Annual administration report of the Civil Veterinary Department of India - 1910-1911
Year: 1910
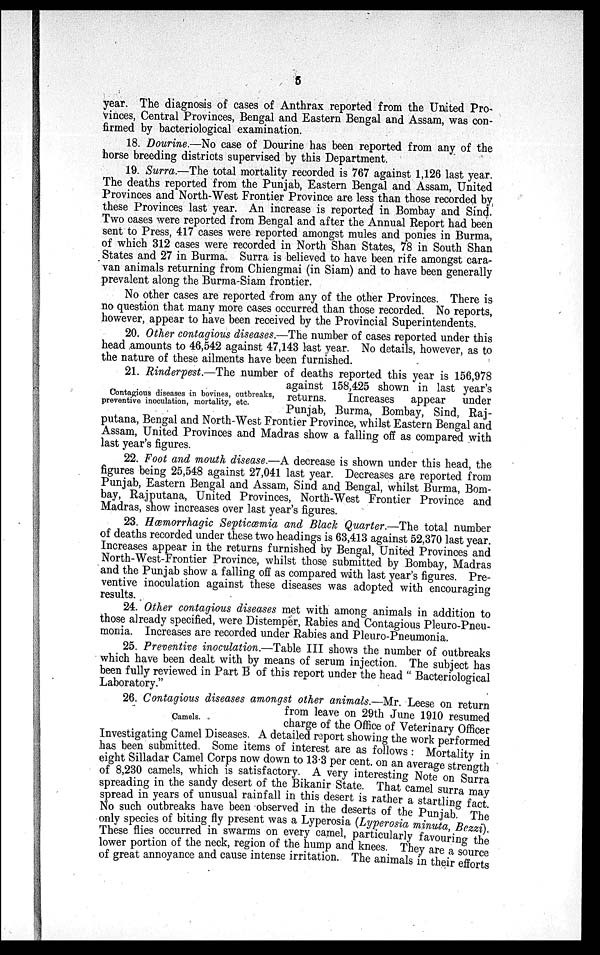
5
year. The diagnosis of cases of Anthrax reported from the United Pro-
vinces, Central Provinces, Bengal and Eastern Bengal and Assam, was con-
firmed by bacteriological examination.
18. Dourine.—No case of Dourine has been reported from any of the
horse breeding districts supervised by this Department.
19. Surra.—The total mortality recorded is 767 against 1,126 last year.
The deaths reported from the Punjab, Eastern Bengal and Assam, United
Provinces and North-West Frontier Province are less than those recorded by
these Provinces last year. An increase is reported in Bombay and Sind.
Two cases were reported from Bengal and after the Annual Report had been
sent to Press, 417 cases were reported amongst mules and ponies in Burma,
of which 312 cases were recorded in North Shan States, 78 in South Shan
States and 27 in Burma. Surra is believed to have been rife amongst cara-
van animals returning from Chiengmai (in Siam) and to have been generally
prevalent along the Burma-Siam frontier.
No other cases are reported from any of the other Provinces. There is
no question that many more cases occurred than those recorded. No reports,
however, appear to have been received by the Provincial Superintendents.
20. Other contagious diseases.—The number of cases reported under this
head amounts to 46,542 against 47,143 last year. No details, however, as to
the nature of these ailments have been furnished.
Contagious diseases in bovines, outbreaks,
preventive inoculation, mortality, etc.
21. Rinderpest.—The number of deaths reported this year is 156,978
against 158,425 shown in last year's
returns.
Increases appear under
Punjab, Burma, Bombay, Sind, Raj-
putana, Bengal and North-West Frontier Province, whilst Eastern Bengal and
Assam, United Provinces and Madras show a falling off as compared with
last year's figures.
22. Foot and mouth disease.—A decrease is shown under this head, the
figures being 25,548 against 27,041 last year. Decreases are reported from
Punjab, Eastern Bengal and Assam, Sind and Bengal, whilst Burma, Bom-
bay, Rajputana, United Provinces, North-West Frontier Province and
Madras, show increases over last year's figures.
23. Hæmorrhagic Septicæmia and Black Quarter.—The total number
of deaths recorded under these two headings is 63,413 against 52,370 last year.
Increases appear in the returns furnished by Bengal, United Provinces and
North-West-Frontier Province, whilst those submitted by Bombay, Madras
and the Punjab show a falling off as compared with last year's figures. Pre-
ventive inoculation against these diseases was adopted with encouraging
results.
24. Other contagious diseases met with among animals in addition to
those already specified, were Distemper, Rabies and Contagious Pleuro-Pneu-
monia. Increases are recorded under Rabies and Pleuro-Pneumonia.
25. Preventive inoculation.—Table III shows the number of outbreaks
which have been dealt with by means of serum injection. The subject has
been fully reviewed in Part B of this report under the head "Bacteriological
Laboratory."
Camels.
26. Contagious diseases amongst other animals.—Mr. Leese on return
from leave on 29th June 1910 resumed
charge of the Office of Veterinary Officer
Investigating Camel Diseases. A detailed report showing the work performed
has been submitted. Some items of interest are as follows : Mortality in
eight Silladar Camel Corps now down to 13.3 per cent. on an average strength
of 8,230 camels, which is satisfactory. A very interesting Note on Surra
spreading in the sandy desert of the Bikanir State. That camel surra may
spread in years of unusual rainfall in this desert is rather a startling fact.
No such outbreaks have been observed in the deserts of the Punjab. The
only species of biting fly present was a Lyperosia (Lyperosia minuta, Bezzi).
These flies occurred in swarms on every camel, particularly favouring the
lower portion of the neck, region of the hump and knees. They are a source
of great annoyance and cause intense irritation. The animals in their efforts